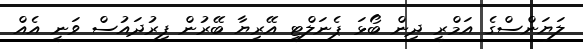
ލަޔަންސްގެ އަމްރީ ދިން ބޯޅަ ޕެނަލްޓީ އޭރިޔާ ބޭރުން ފިރުދައުސް ވަނީ އެއް